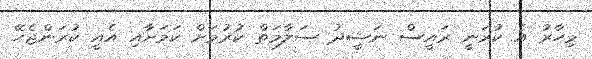
މިހާރު އެ ކުރަނީ ރައީސް ނަޝީދު ސަލާމަތް ކުރުމަށް ކަމަށާއި އެއީ ކުރަންޖެހޭ